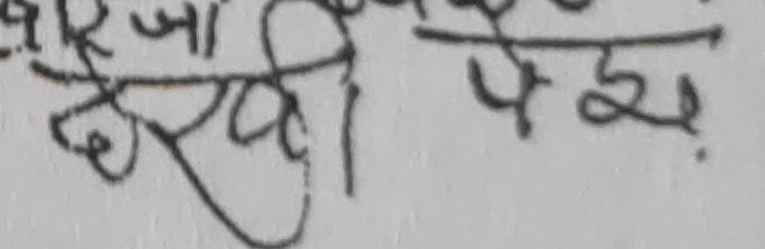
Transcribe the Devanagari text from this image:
खर्दी भयो।